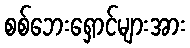
စစ်ဘေးရှောင်များအား